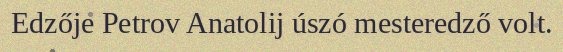
Edzője Petrov Anatolij úszó mesteredző volt.